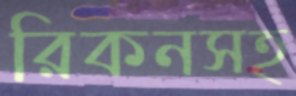
রিকনসহ